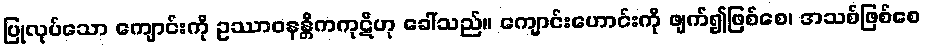
ပြုလုပ်သော ကျောင်းကို ဥဿာဝနန္တိကကုဋိဟု ခေါ်သည်။ ကျောင်းဟောင်းကို ဖျက်၍ဖြစ်စေ၊ အသစ်ဖြစ်စေ